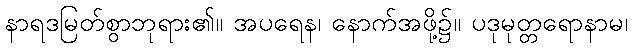
နာရဒမြတ်စွာဘုရား၏။ အပရေန၊ နောက်အဖို့၌။ ပဒုမုတ္တရောနာမ၊